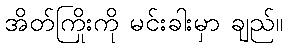
အိတ်ကြိုးကို မင်းခါးမှာ ချည်။